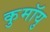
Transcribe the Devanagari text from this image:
कुमॉयु